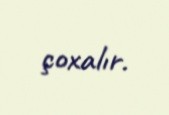
çoxalır.